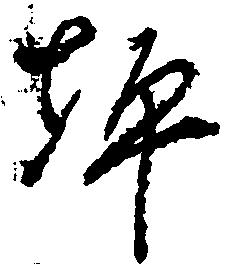
坪